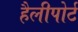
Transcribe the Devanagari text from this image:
हैलीपोर्ट